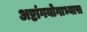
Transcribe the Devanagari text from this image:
अष्टांगयोगाभ्यास